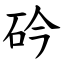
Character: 砛